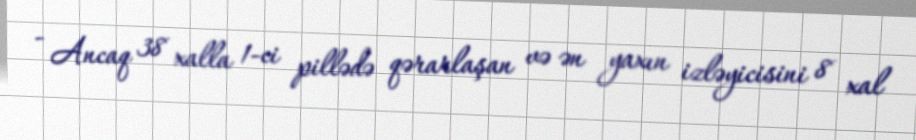
- Ancaq 38 xalla 1-ci pillədə qərarlaşan və ən yaxın izləyicisini 8 xal